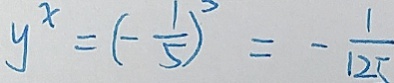
y ^ { x } = ( - \frac { 1 } { 5 } ) ^ { 3 } = - \frac { 1 } { 1 2 5 }